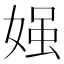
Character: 𡟎